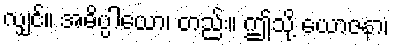
လျှင်။ အဓိပ္ပါယော၊ တည်း။ ဤသို့ ယောဇနာ၊